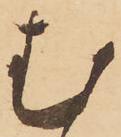
む